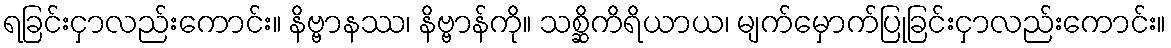
ရခြင်းငှာလည်းကောင်း။ နိဗ္ဗာနဿ၊ နိဗ္ဗာန်ကို။ သစ္ဆိကိရိယာယ၊ မျက်မှောက်ပြုခြင်းငှာလည်းကောင်း။